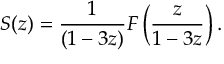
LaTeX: S ( z ) = { \frac { 1 } { ( 1 - 3 z ) } } F \left( { \frac { z } { 1 - 3 z } } \right) .